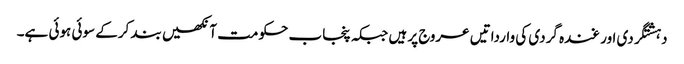
دہشتگردی اور غندہ گردی کی وارداتیں عروج پر ہیں جبکہ پنجاب حکومت آنکھیں بند کرکے سوئی ہوئی ہے۔